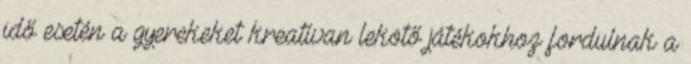
idő esetén a gyerekeket kreatívan lekötő játékokhoz fordulnak a